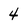
Character: 4